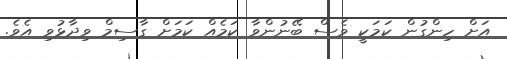
އަށް ހިންގުން ކަމަކީ ވެސް ބޭނުންވާ ކަމެއް ކަމަށް ގާސިމް ވިދާޅުވި އެވެ.